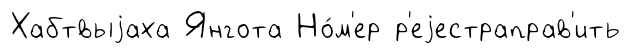
Хабтвыjаха Янгота Но́м'ер р'еjестраправ'ить